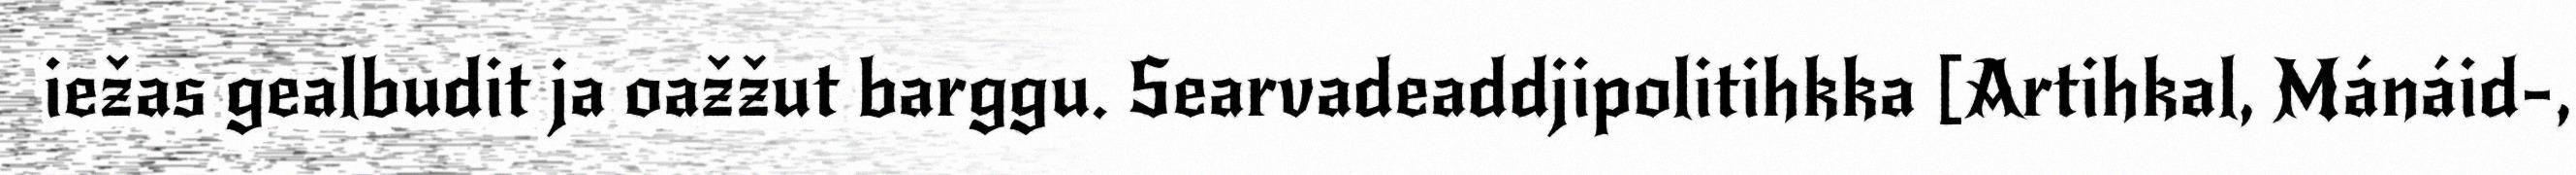
iežas gealbudit ja oažžut barggu. Searvadeaddjipolitihkka [Artihkal, Mánáid-,